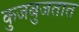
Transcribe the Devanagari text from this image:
कुजबुजतात